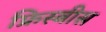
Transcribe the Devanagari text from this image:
फ्रिस्बीस